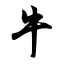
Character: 牛